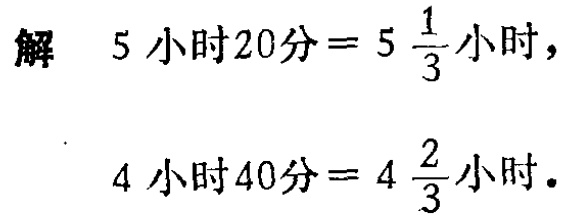
解 \(5\)小时\(20\)分\( = 5\frac{1}{3}\)小时，

\(4\)小时\(40\)分\( = 4\frac{2}{3}\)小时.